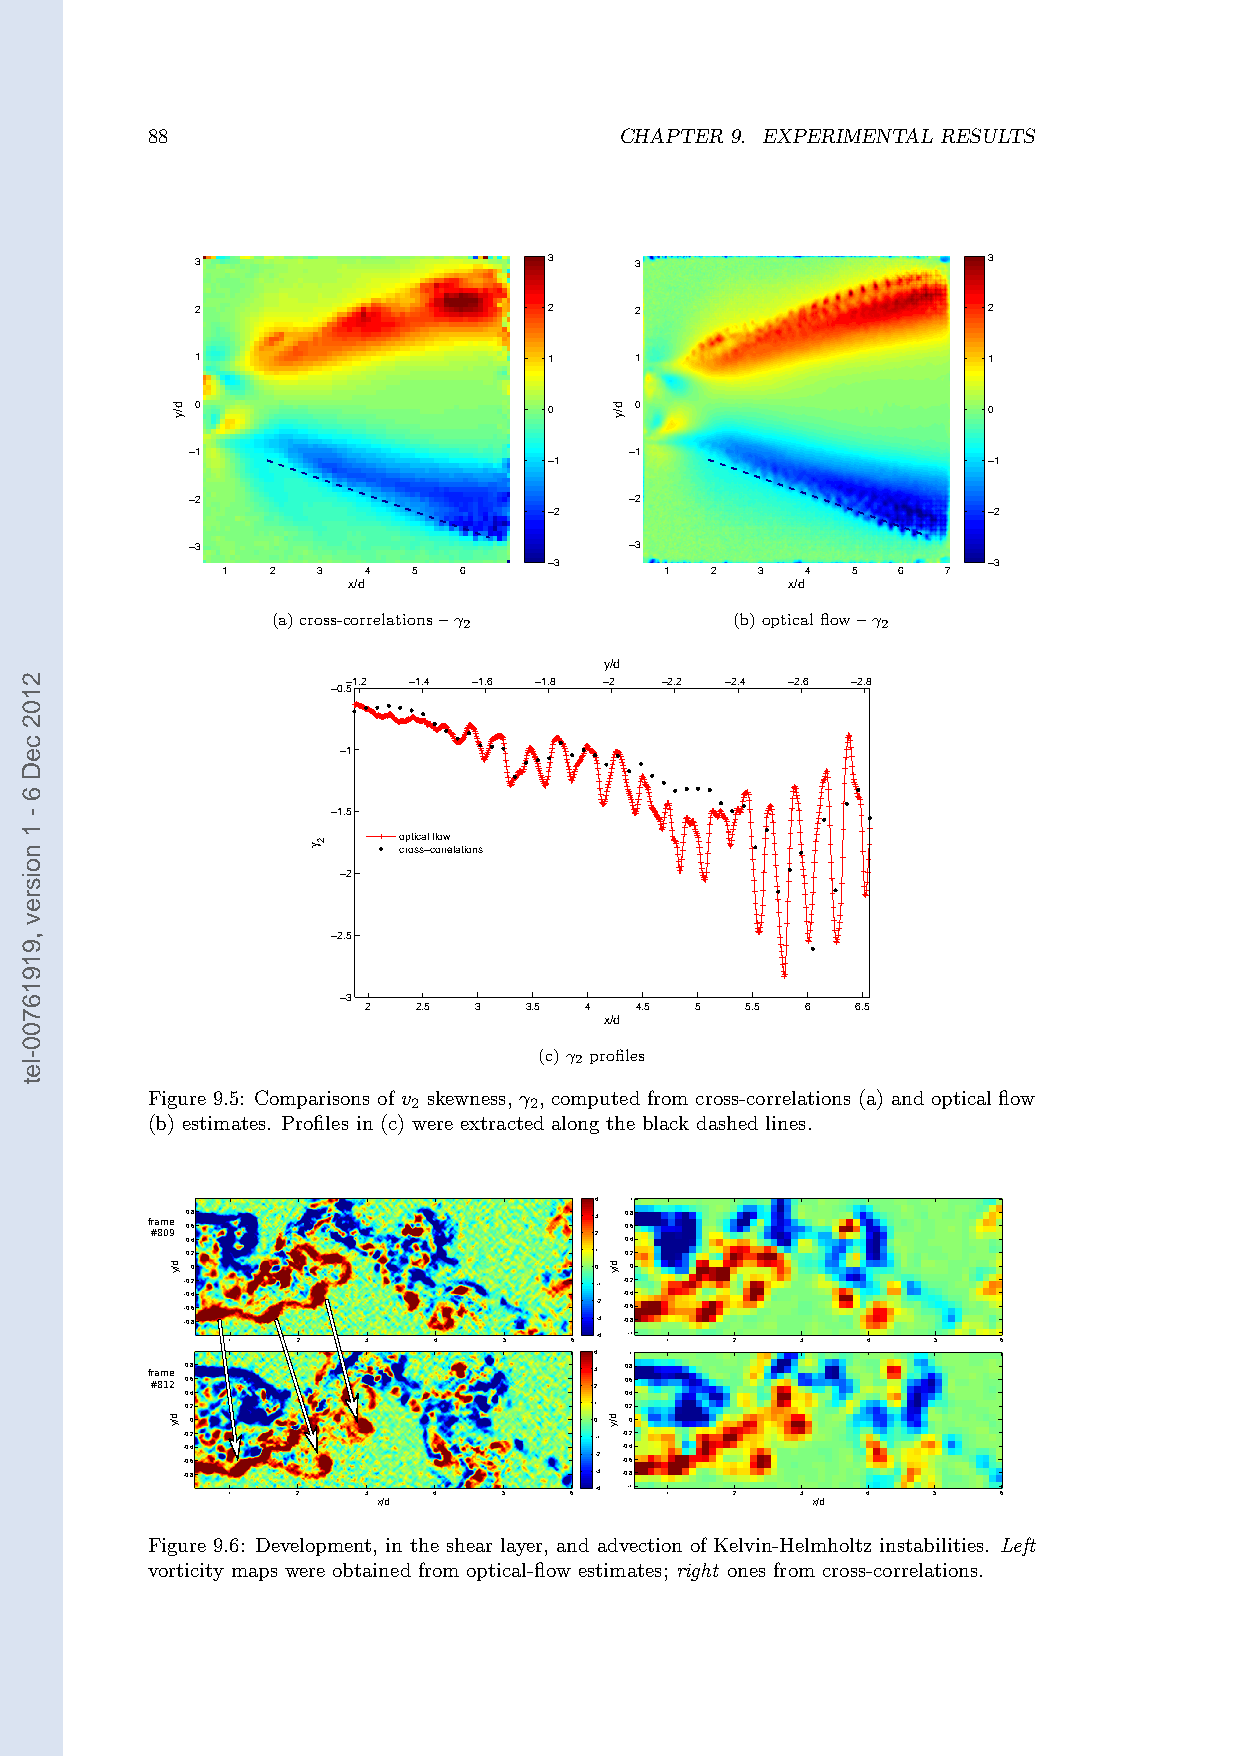
88                             CHAPTER 9. EXPERIMENTAL RESULTS
 3                      3     3                      3
 2                      2     2                      2
 1                      1     1                      1
 0                      0     0                      0
 −1                           −1
 −1                           −1
 −2                           −2
 −2                           −2
 −3                           −3
 −3                           −3
 1  2  3  4  5  6             1  2  3  4  5  6   7
 x/d                          x/d
 (a)cross-correlations–γ2       (b)opticalflow–γ2
 y/d
 −1.2 −1.4 −1.6 −1.8 −2 −2.2 −2.4 −2.6 −2.8
 −0.5
 −1
 −1.5
 optical flow cross−correlations
 −2
 −2.5
 −3
 2   2.5 3  3.5 4  4.5 5  5.5 6   6.5
 x/d
 (c)γ2 profiles
 Figure 9.5: Comparisons of v skewness, γ , computed from cross-correlations (a) and optical flow
 2       2
 (b) estimates. Profiles in (c) were extracted along the black dashed lines.
 4  1
 f #ra 8m 09e 00 .. 68        23 00 .. 68
 0.4                          0.4
 0.2                        1 0.2
 0                         0  0
 −0.2                       −1 −0.2
 −0.4                         −0.4
 −0.6                       −2 −0.6
 −0.8                       −3 −0.8
 1    2   3    4   5    6 −4 −1 1  2   3   4    5   6
 x/d           4  1           x/d
 frame 0.8                    3 0.8
 #812 0.6                     2 0.6
 0.4                          0.4
 0.2                        1 0.2
 0                         0  0
 −0.2                       −1 −0.2
 −0.4                         −0.4
 −0.6                       −2 −0.6
 −0.8                       −3 −0.8
 1    2   3    4   5    6 −4 −1 1 2    3   4    5   6
 x/d                          x/d
 Figure 9.6: Development, in the shear layer, and advection of Kelvin-Helmholtz instabilities. Left
 vorticity maps were obtained from optical-flow estimates; right ones from cross-correlations.
 2102
 ceD
 6
 -
 1
 noisrev
 ,91916700-let
 d/y
 d/y
 d/y
 γ 2
 d/y
 d/y
 d/y